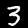
Digit: 3